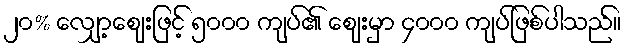
၂၀% လျှော့ဈေးဖြင့် ၅၀၀၀ ကျပ်၏ ဈေးမှာ ၄၀၀၀ ကျပ်ဖြစ်ပါသည်။